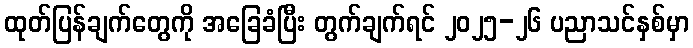
ထုတ်ပြန်ချက်တွေကို အခြေခံပြီး တွက်ချက်ရင် ၂၀၂၅-၂၆ ပညာသင်နှစ်မှာ